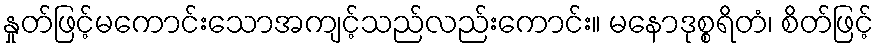
နှုတ်ဖြင့်မကောင်းသောအကျင့်သည်လည်းကောင်း။ မနောဒုစ္စရိတံ၊ စိတ်ဖြင့်